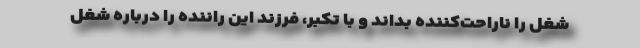
شغل را ناراحت‌کننده بداند و با تکبر، فرزند این راننده را درباره شغل